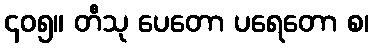
၄၀၅။ တီသု ပေတော ပရေတော စ၊